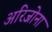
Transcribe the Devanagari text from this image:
अरिजोना